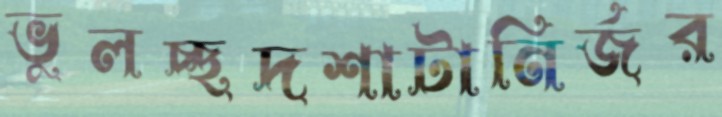
ভুলচ্ছদশাটানির্জর